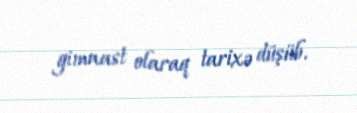
gimnast olaraq tarixə düşüb.